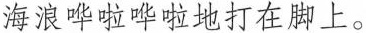
年海浪哗啦哗啦地打在脚上。